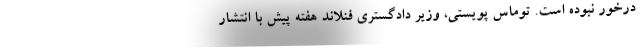
درخور نبوده است. توماس پویستی، وزیر دادگستری فنلاند هفته پیش با انتشار